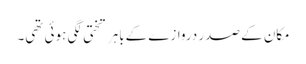
مکان کے صدر دروازے کےباہر تختی لگی ہوئی تھی۔